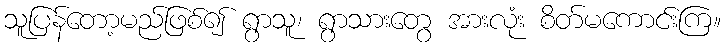
သူပြန်တော့မည်ဖြစ်၍ ရွာသူ၊ ရွာသားတွေ အားလုံး စိတ်မကောင်းကြ။